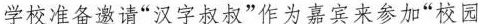
学校准备邀请”汉字叔叔”作为嘉宾来参加”校园